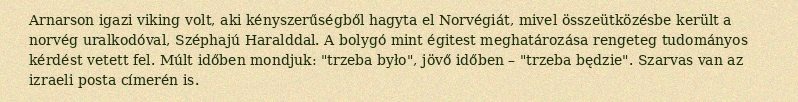
Arnarson igazi viking volt, aki kényszerűségből hagyta el Norvégiát, mivel összeütközésbe került a norvég uralkodóval, Széphajú Haralddal. A bolygó mint égitest meghatározása rengeteg tudományos kérdést vetett fel. Múlt időben mondjuk: "trzeba było", jövő időben – "trzeba będzie". Szarvas van az izraeli posta címerén is.